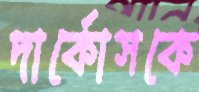
দার্কোসকে